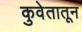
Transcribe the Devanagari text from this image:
कुवेतातून